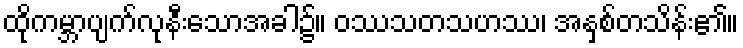
ထိုကမ္ဘာပျက်လုနီးသောအခါ၌။ ဝဿသတသဟဿ၊ အနှစ်တသိန်း၏။